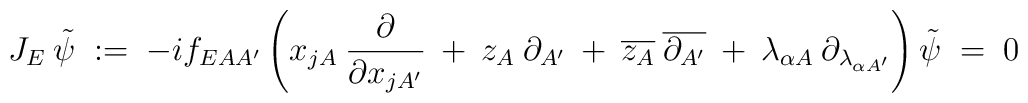
J_E \: \tilde{\psi} \;:=\; -i f_{EAA^\prime} \left( x_{jA} 	\:\frac{\partial}{\partial x_{jA^\prime}} \:+\: z_A \:	\partial_{A^\prime} \:+\: \overline{z_A} \: 	\overline{\partial_{A^\prime}} \:+\: \lambda_{\alpha A}\: 	\partial_{\lambda_{\alpha A^\prime}} \right) \tilde{\psi} \;=\; 0